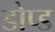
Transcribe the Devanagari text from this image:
डोप्ड